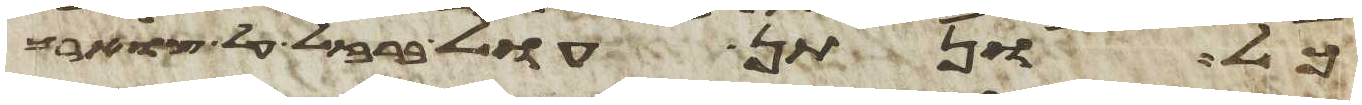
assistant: כל ונתן עול ברזל על צוארך